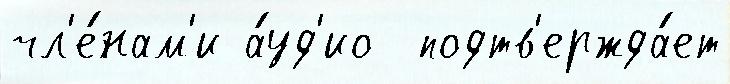
чл'е́нам'и а́уд'ио  подтв'ержда́ет